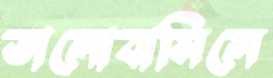
ভালোবাসিলে